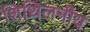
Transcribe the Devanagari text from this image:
शिथिलनीय